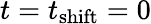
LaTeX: t=t_{\mathrm{shift}}=0